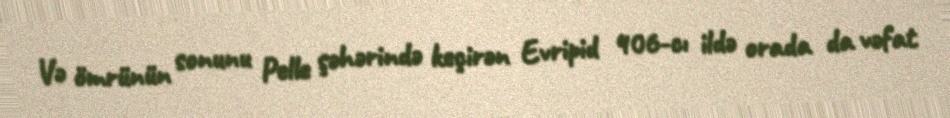
Və ömrünün sonunu Pelle şəhərində keçirən Evripid 406-cı ildə orada da vəfat